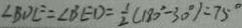
\angle B D E = \angle B E D = \frac { 1 } { 2 } ( 1 8 0 ^ { \circ } - 3 0 ^ { \circ } ) = 7 5 ^ { \circ }